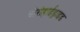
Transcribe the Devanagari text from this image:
बोरोहाईड्राइड